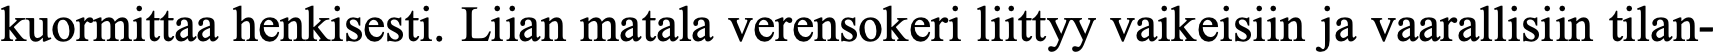
kuormittaa henkisesti. Liian matala verensokeri liittyy vaikeisiin ja vaarallisiin tilan-